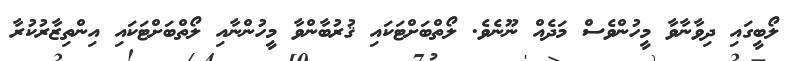
ލޯބީގައި ދިވާނާވާ މީހުންވެސް މަދެއް ނޫނެވެ. ލޯތްބަށްޓަކައި ޤުރުބާންވާ މީހުންނާއި ލޯތްބަށްޓަަކައި އިންތިޒާރުކުރާ